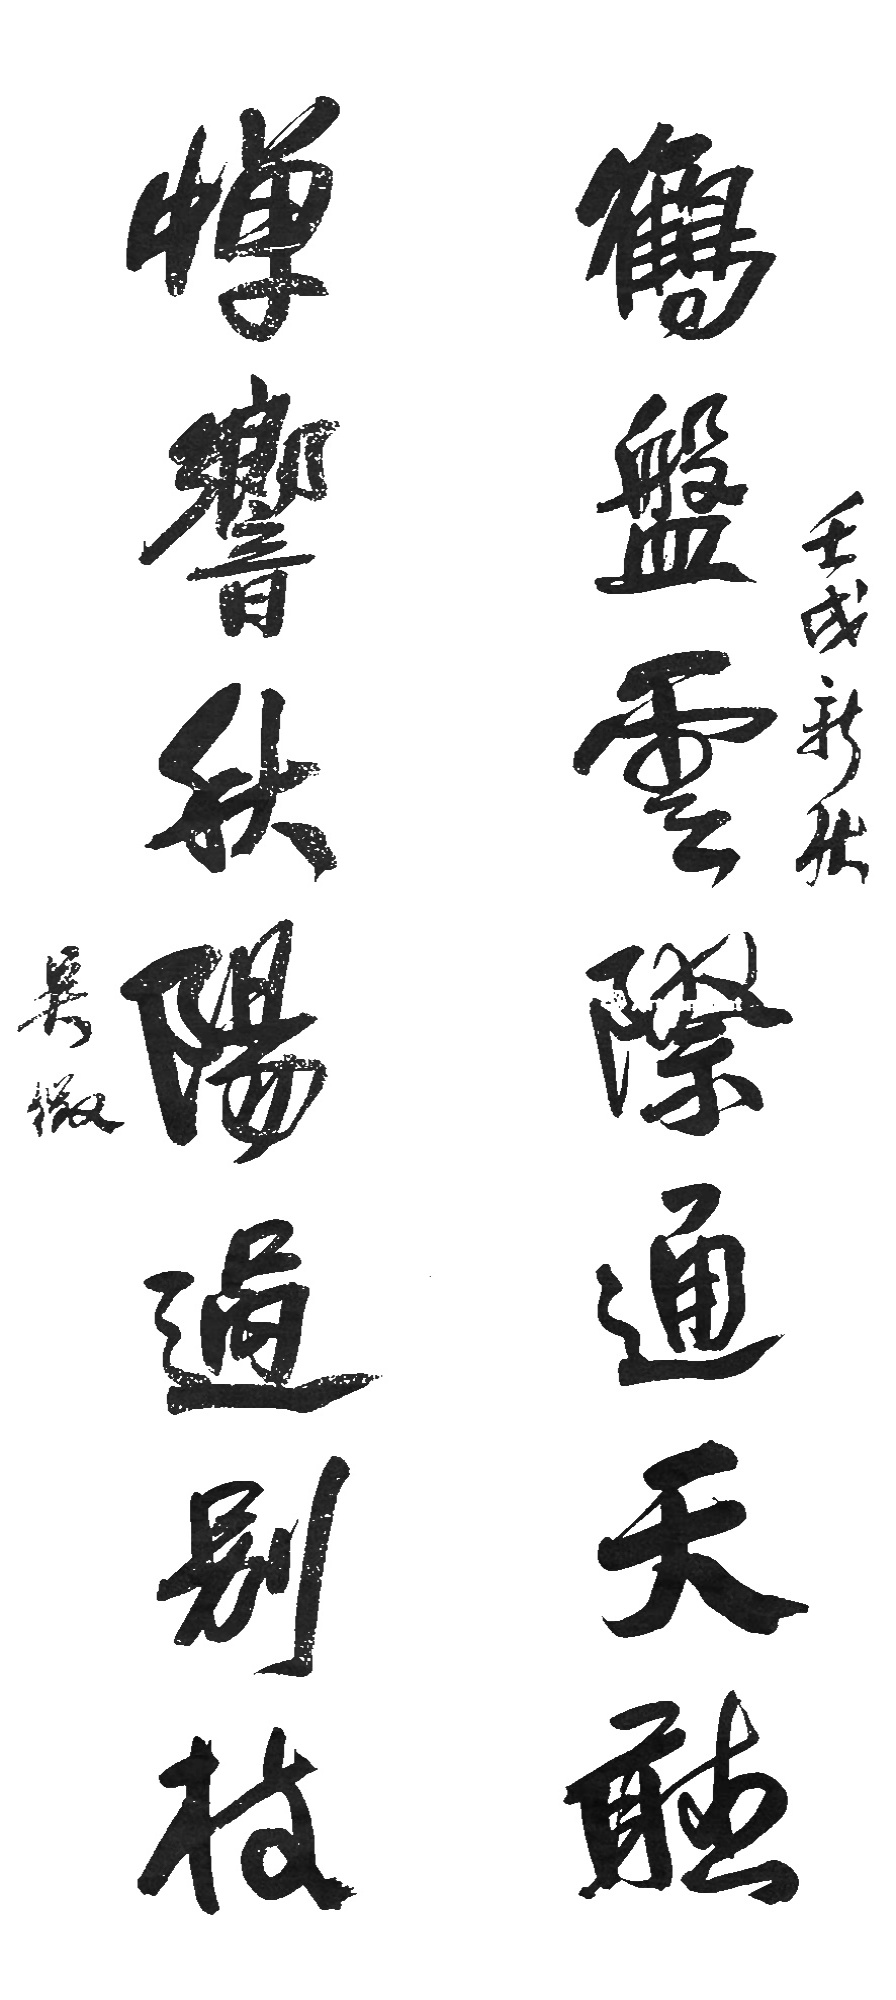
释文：鹤盘云际通天听，蝉响秋阳过别枝壬戌（1922年）新秋。吴征。